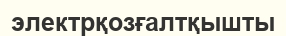
электрқозғалтқышты